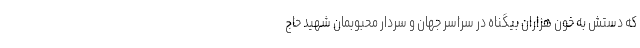
که دستش به خون هزاران بیگناه در سراسر جهان و سردار محبوبمان شهید حاج